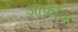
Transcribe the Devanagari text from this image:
आंकीक